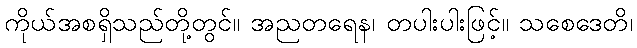
ကိုယ်အစရှိသည်တို့တွင်။ အညတရေန၊ တပါးပါးဖြင့်။ သစေဒေတိ၊